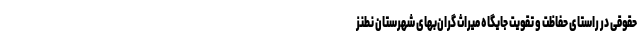
حقوقی در راستای حفاظت و تقویت جایگاه میراث گران‌بهای شهرستان نطنز